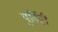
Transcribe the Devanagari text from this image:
पुर्विही